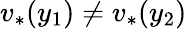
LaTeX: v_{*}(y_{1})\neq v_{*}(y_{2})